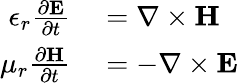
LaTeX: \begin{array}{rl}{\epsilon_{r}\frac{\partial\mathbf{E}}{\partial t}}&{{}=\nabla\times\mathbf{H}}\\ {\mu_{r}\frac{\partial\mathbf{H}}{\partial t}}&{{}=-\nabla\times\mathbf{E}}\end{array}